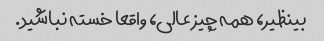
بینظیر، همه چیز عالی، واقعا خسته نباشید.